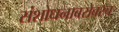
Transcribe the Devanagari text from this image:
संशोधनाबरोबरच